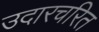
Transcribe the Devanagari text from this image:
उदारचरित